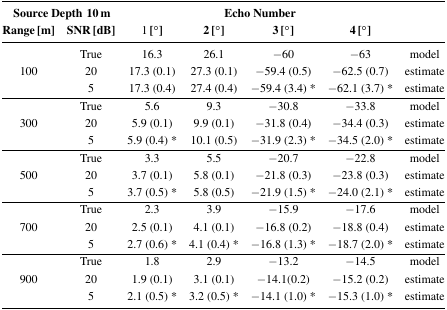
| <COLSPAN=2> Source Depth 10 m | <COLSPAN=4> Echo Number | <ROWSPAN=2>  |
 | Range [m] | SNR [dB] | 1 [°] | 2 [°] | 3 [°] | 4 [°] |
 | --- | --- | --- | --- | --- | --- | --- |
 | <ROWSPAN=3> 100 | True | 16.3 | 26.1 | −60 | −63 | model |
 | 20 | 17.3 (0.1) | 27.3 (0.1) | −59.4 (0.5) | −62.5 (0.7) | estimate |
 | 5 | 17.3 (0.4) | 27.4 (0.4) | −59.4 (3.4) * | −62.1 (3.7) * | estimate |
 | <ROWSPAN=3> 300 | True | 5.6 | 9.3 | −30.8 | −33.8 | model |
 | 20 | 5.9 (0.1) | 9.9 (0.1) | −31.8 (0.4) | −34.4 (0.3) | estimate |
 | 5 | 5.9 (0.4) * | 10.1 (0.5) | −31.9 (2.3) * | −34.5 (2.0) * | estimate |
 | <ROWSPAN=3> 500 | True | 3.3 | 5.5 | −20.7 | −22.8 | model |
 | 20 | 3.7 (0.1) | 5.8 (0.1) | −21.8 (0.3) | −23.8 (0.3) | estimate |
 | 5 | 3.7 (0.5) * | 5.8 (0.5) | −21.9 (1.5) * | −24.0 (2.1) * | estimate |
 | <ROWSPAN=3> 700 | True | 2.3 | 3.9 | −15.9 | −17.6 | model |
 | 20 | 2.5 (0.1) | 4.1 (0.1) | −16.8 (0.2) | −18.8 (0.4) | estimate |
 | 5 | 2.7 (0.6) * | 4.1 (0.4) * | −16.8 (1.3) * | −18.7 (2.0) * | estimate |
 | <ROWSPAN=3> 900 | True | 1.8 | 2.9 | −13.2 | −14.5 | model |
 | 20 | 1.9 (0.1) | 3.1 (0.1) | −14.1(0.2) | −15.2 (0.2) | estimate |
 | 5 | 2.1 (0.5) * | 3.2 (0.5) * | −14.1 (1.0) * | −15.3 (1.0) * | estimate |